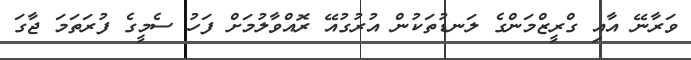
ވަރާނޭ އާއި ގްރީޒްމަންގެ ލަނޑުތަކުން އުރުގުއޭ ރޮއްވާލުމަށް ފަހު ސެމީގެ ފުރަތަމަ ޖާގަ